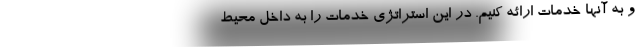
و به آنها خدمات ارائه کنیم. در این استراتژی خدمات را به داخل محیط